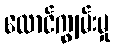
လောင်ကျွမ်းမှု